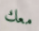
معك